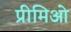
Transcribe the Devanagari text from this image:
प्रीमिओ